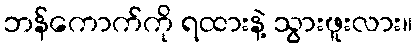
ဘန်ကောက်ကို ရထားနဲ့ သွားဖူးလား။